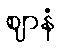
ဈာနံ